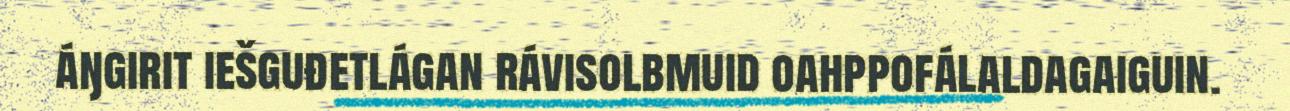
áŋgirit iešguđetlágan rávisolbmuid oahppofálaldagaiguin.